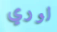
لوري